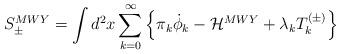
LaTeX: \begin{align*}S_{\pm}^{MWY} = \int d^2 x \sum_{k=0}^{\infty}\left\{\pi_k \dot\phi_k -{\cal H}^{MWY}+ \lambda_k T_k^{(\pm)}\right\}\end{align*}